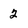
Character: 2